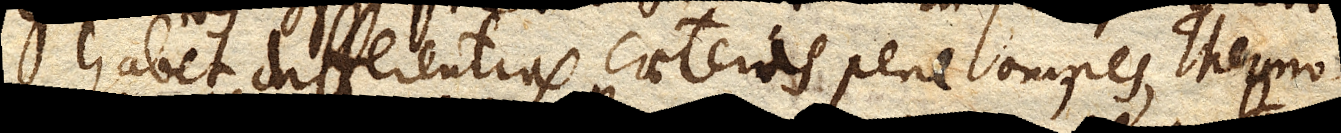
habet differentias caeteras pene omnes, Thermo–